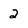
Character: 2